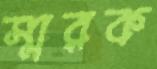
স্মরক